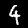
Digit: 4